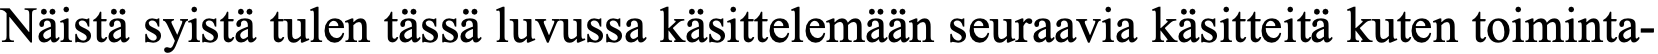
Näistä syistä tulen tässä luvussa käsittelemään seuraavia käsitteitä kuten toiminta-